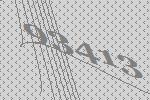
93413